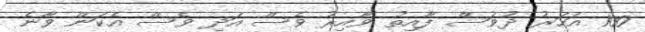
100 އަހަރު ދުވަސް ފާއިތު ވާއިރު ވެސް އަދި ވެސް އެކަން ވާނެ